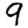
Digit: 9